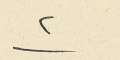
٢